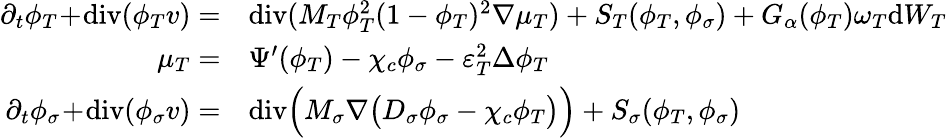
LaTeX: \begin{array}{rl}{\partial_{t}\phi_{T}\! +\! \textup{div}(\phi_{T}v)=}&{\textup{div}(M_{T}\phi_{T}^{2}(1-\phi_{T})^{2}\nabla\mu_{T})+S_{T}(\phi_{T},\phi_{\sigma})+G_{\alpha}(\phi_{T})\omega_{T}\mathrm{d}W_{T}}\\ {\mu_{T}=}&{\Psi^{\prime}(\phi_{T})-\chi_{c}\phi_{\sigma}-\varepsilon_{T}^{2}\Delta\phi_{T}}\\ {\partial_{t}\phi_{\sigma}\! +\! \textup{div}(\phi_{\sigma}v)=}&{\textup{div}\Big(M_{\sigma}\nabla\big(D_{\sigma}\phi_{\sigma}-\chi_{c}\phi_{T}\big)\Big)+S_{\sigma}(\phi_{T},\phi_{\sigma})}\end{array}